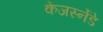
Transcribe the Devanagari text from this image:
केजर्स्नेडे